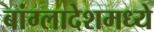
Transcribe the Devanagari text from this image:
बांग्लादेशमध्ये